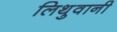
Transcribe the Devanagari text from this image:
लिथुवानी